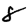
Digit: 8